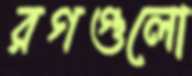
রগগুলো